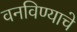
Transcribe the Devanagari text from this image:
वनविण्याचे